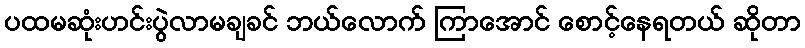
ပထမဆုံးဟင်းပွဲလာမချခင် ဘယ်လောက် ကြာအောင် စောင့်နေရတယ် ဆိုတာ